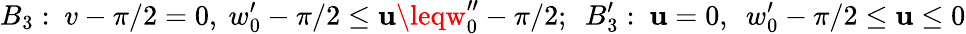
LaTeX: B_{3}:~v-\pi/2=0,~w_{0}^{\prime}-\pi/2\leq\mathbf{u}\leqw_{0}^{\prime\prime}-\pi/2;~~B_{3}^{\prime}:~\mathbf{u}=0,~~w_{0}^{\prime}-\pi/2\leq\mathbf{u}\leq0